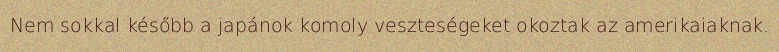
Nem sokkal később a japánok komoly veszteségeket okoztak az amerikaiaknak.